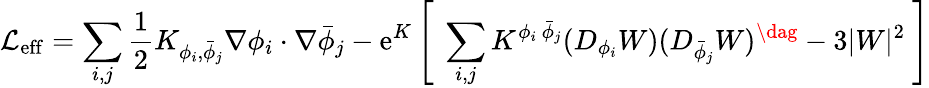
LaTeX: {\cal L}_{\mathrm{eff}}=\sum_{i,j}{\frac{1}{2}}K_{\phi_{i},{\bar{\phi}}_{j}}\nabla\phi_{i}\cdot\nabla{\bar{\phi}}_{j}-\mathrm{e}^{K}\left[\ \sum_{i,j}K^{\phi_{i}\ {\bar{\phi}}_{j}}(D_{\phi_{i}}W)(D_{{\bar{\phi}}_{j}}W)^{\dag}-3|W|^{2}\ \right]